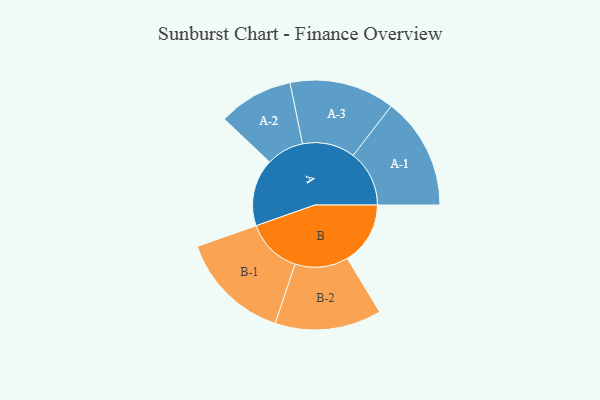
{"axis": {"x": "Segment", "y": "Value"}, "legend": ["", "A", "B"], "data": [{"x": "A", "y": 332, "type": ""}, {"x": "B", "y": 311, "type": ""}, {"x": "A-1", "y": 277, "type": "A"}, {"x": "A-2", "y": 185, "type": "A"}, {"x": "A-3", "y": 260, "type": "A"}, {"x": "B-1", "y": 275, "type": "B"}, {"x": "B-2", "y": 263, "type": "B"}]}